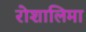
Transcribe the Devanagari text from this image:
रोशालिमा